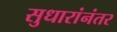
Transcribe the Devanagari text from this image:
सुधारांनंतर